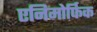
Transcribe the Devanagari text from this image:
एनिमोर्फिक